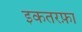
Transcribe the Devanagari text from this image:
इकतरफ़ा